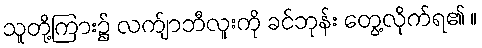
သူတို့ကြား၌ လက်ျာဘီလူးကို ခင်ဘုန်း တွေ့လိုက်ရ၏ ။